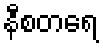
နီစတရေ